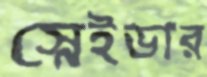
স্নেইডার